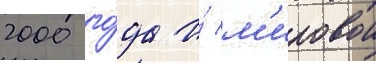
2000 го́да и́ м'ировои